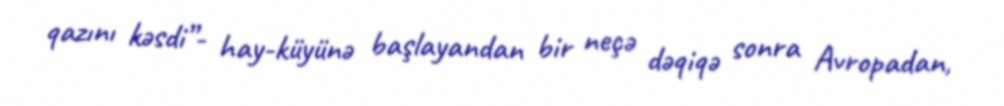
qazını kəsdi”- hay-küyünə başlayandan bir neçə dəqiqə sonra Avropadan,